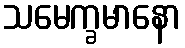
သမေက္ခမာနော